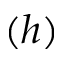
( h )